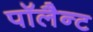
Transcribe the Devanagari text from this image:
पॉलैन्ट